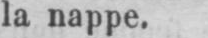
la nappe.